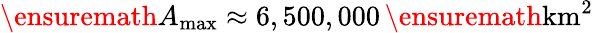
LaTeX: \ensuremath{A_{\mathrm{max}}}\approx 6,500,000\, \ensuremath{\mathrm{km^{2}}}